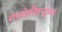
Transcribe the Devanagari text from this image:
बंगलोरविरूद्धच्या